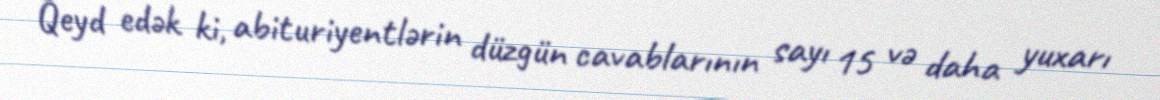
Qeyd edək ki, abituriyentlərin düzgün cavablarının sayı 15 və daha yuxarı